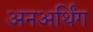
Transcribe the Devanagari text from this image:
अनअर्थिंग